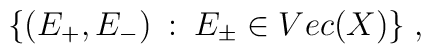
\{ (E_{+},E_{-})\: :\: E_{\pm}\in Vec(X)\}\; ,